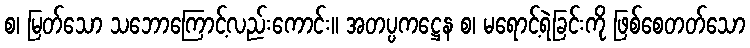
စ၊ မြတ်သော သဘောကြောင့်လည်းကောင်း။ အတပ္ပကဋ္ဌေန စ၊ မရောင့်ရဲခြင်းကို ဖြစ်စေတတ်သော